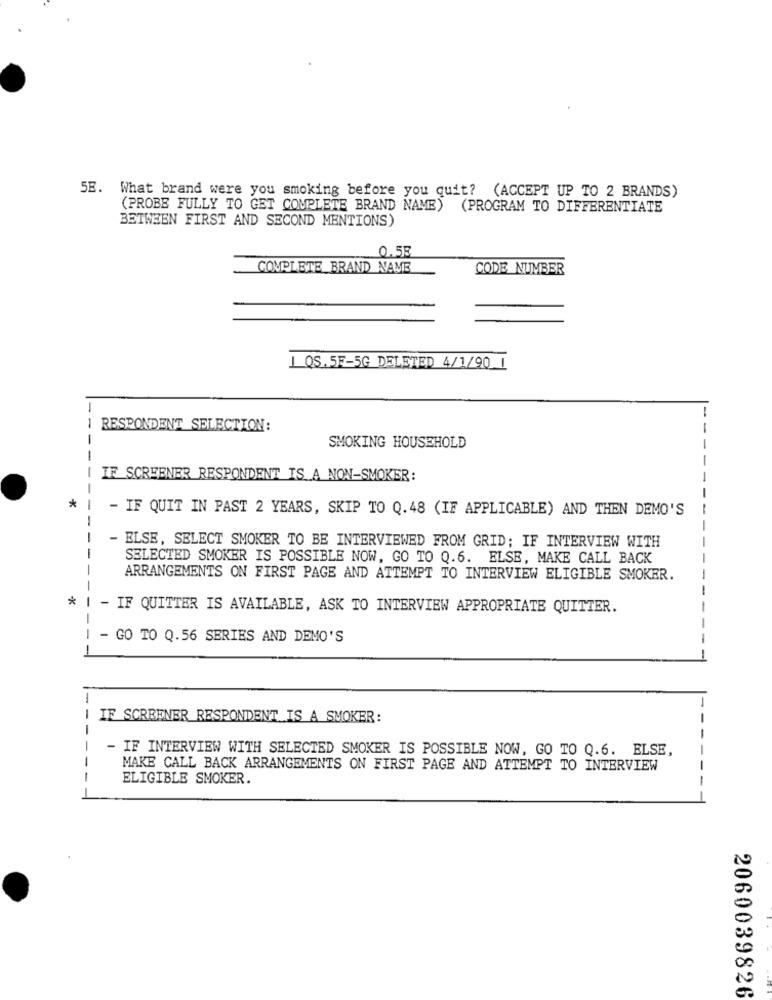
5E. What brand were you smoking before you quit? (ACCEPT UP TO 2 BRANDS)
(PROBE FULLY TO GET COMPLETE BRAND NAME)
(PROGRAM TO DIFFERENTIATE
BETWEEN FIRST AND SECOND MENTIONS)
0.58
COMPLETE BRAND NAME
CODE NUMBER
1 QS.5F-5G DELETED 4/1/90 1
-
RESPONDENT SELECTION:
--
SMOKING HOUSEHOLD
IF SCREENER RESPONDENT IS A NON-SMOKER:
-
-
* |
- IF QUIT IN PAST 2 YEARS, SKIP TO Q.48 (IF APPLICABLE) AND THEN DEMO'S
-
-
- ELSE, SELECT SMOKER TO BE INTERVIEWED FROM GRID; IF INTERVIEW WITH
SELECTED SMOKER IS POSSIBLE NOW, GO TO Q.6. ELSE, MAKE CALL BACK
ARRANGEMENTS ON FIRST PAGE AND ATTEMPT TO INTERVIEW ELIGIBLE SMOKER.
-
--
-
* 1
- IF QUITTER IS AVAILABLE, ASK TO INTERVIEW APPROPRIATE QUITTER.
-
-
- GO TO Q.56 SERIES AND DEMO'S
-
---
-
IF SCREENER RESPONDENT IS A SMOKER:
-
- IF INTERVIEW WITH SELECTED SMOKER IS POSSIBLE NOW, GO TO Q.6. ELSE,
-
MAKE CALL BACK ARRANGEMENTS ON FIRST PAGE AND ATTEMPT TO INTERVIEW
ELIGIBLE SMOKER.
-
2060039826